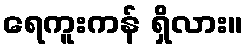
ရေကူးကန် ရှိလား။